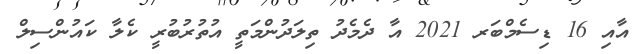
އާއި 16 ޑިސެމްބަރ 2021 އާ ދެމެދު ތިލަދުންމަތީ އުތުރުބުރީ ކެލާ ކައުންސިލް